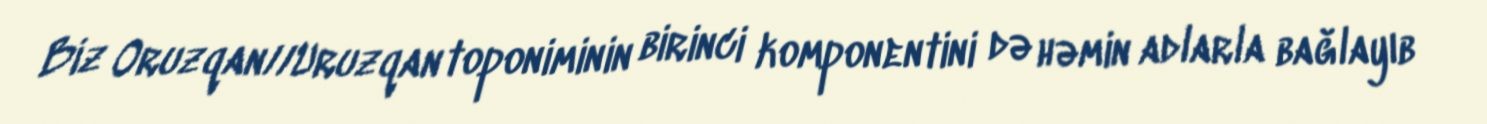
Biz Oruzqan//Uruzqan toponiminin birinci komponentini də həmin adlarla bağlayıb